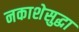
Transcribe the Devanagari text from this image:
नकाशेसुद्धा